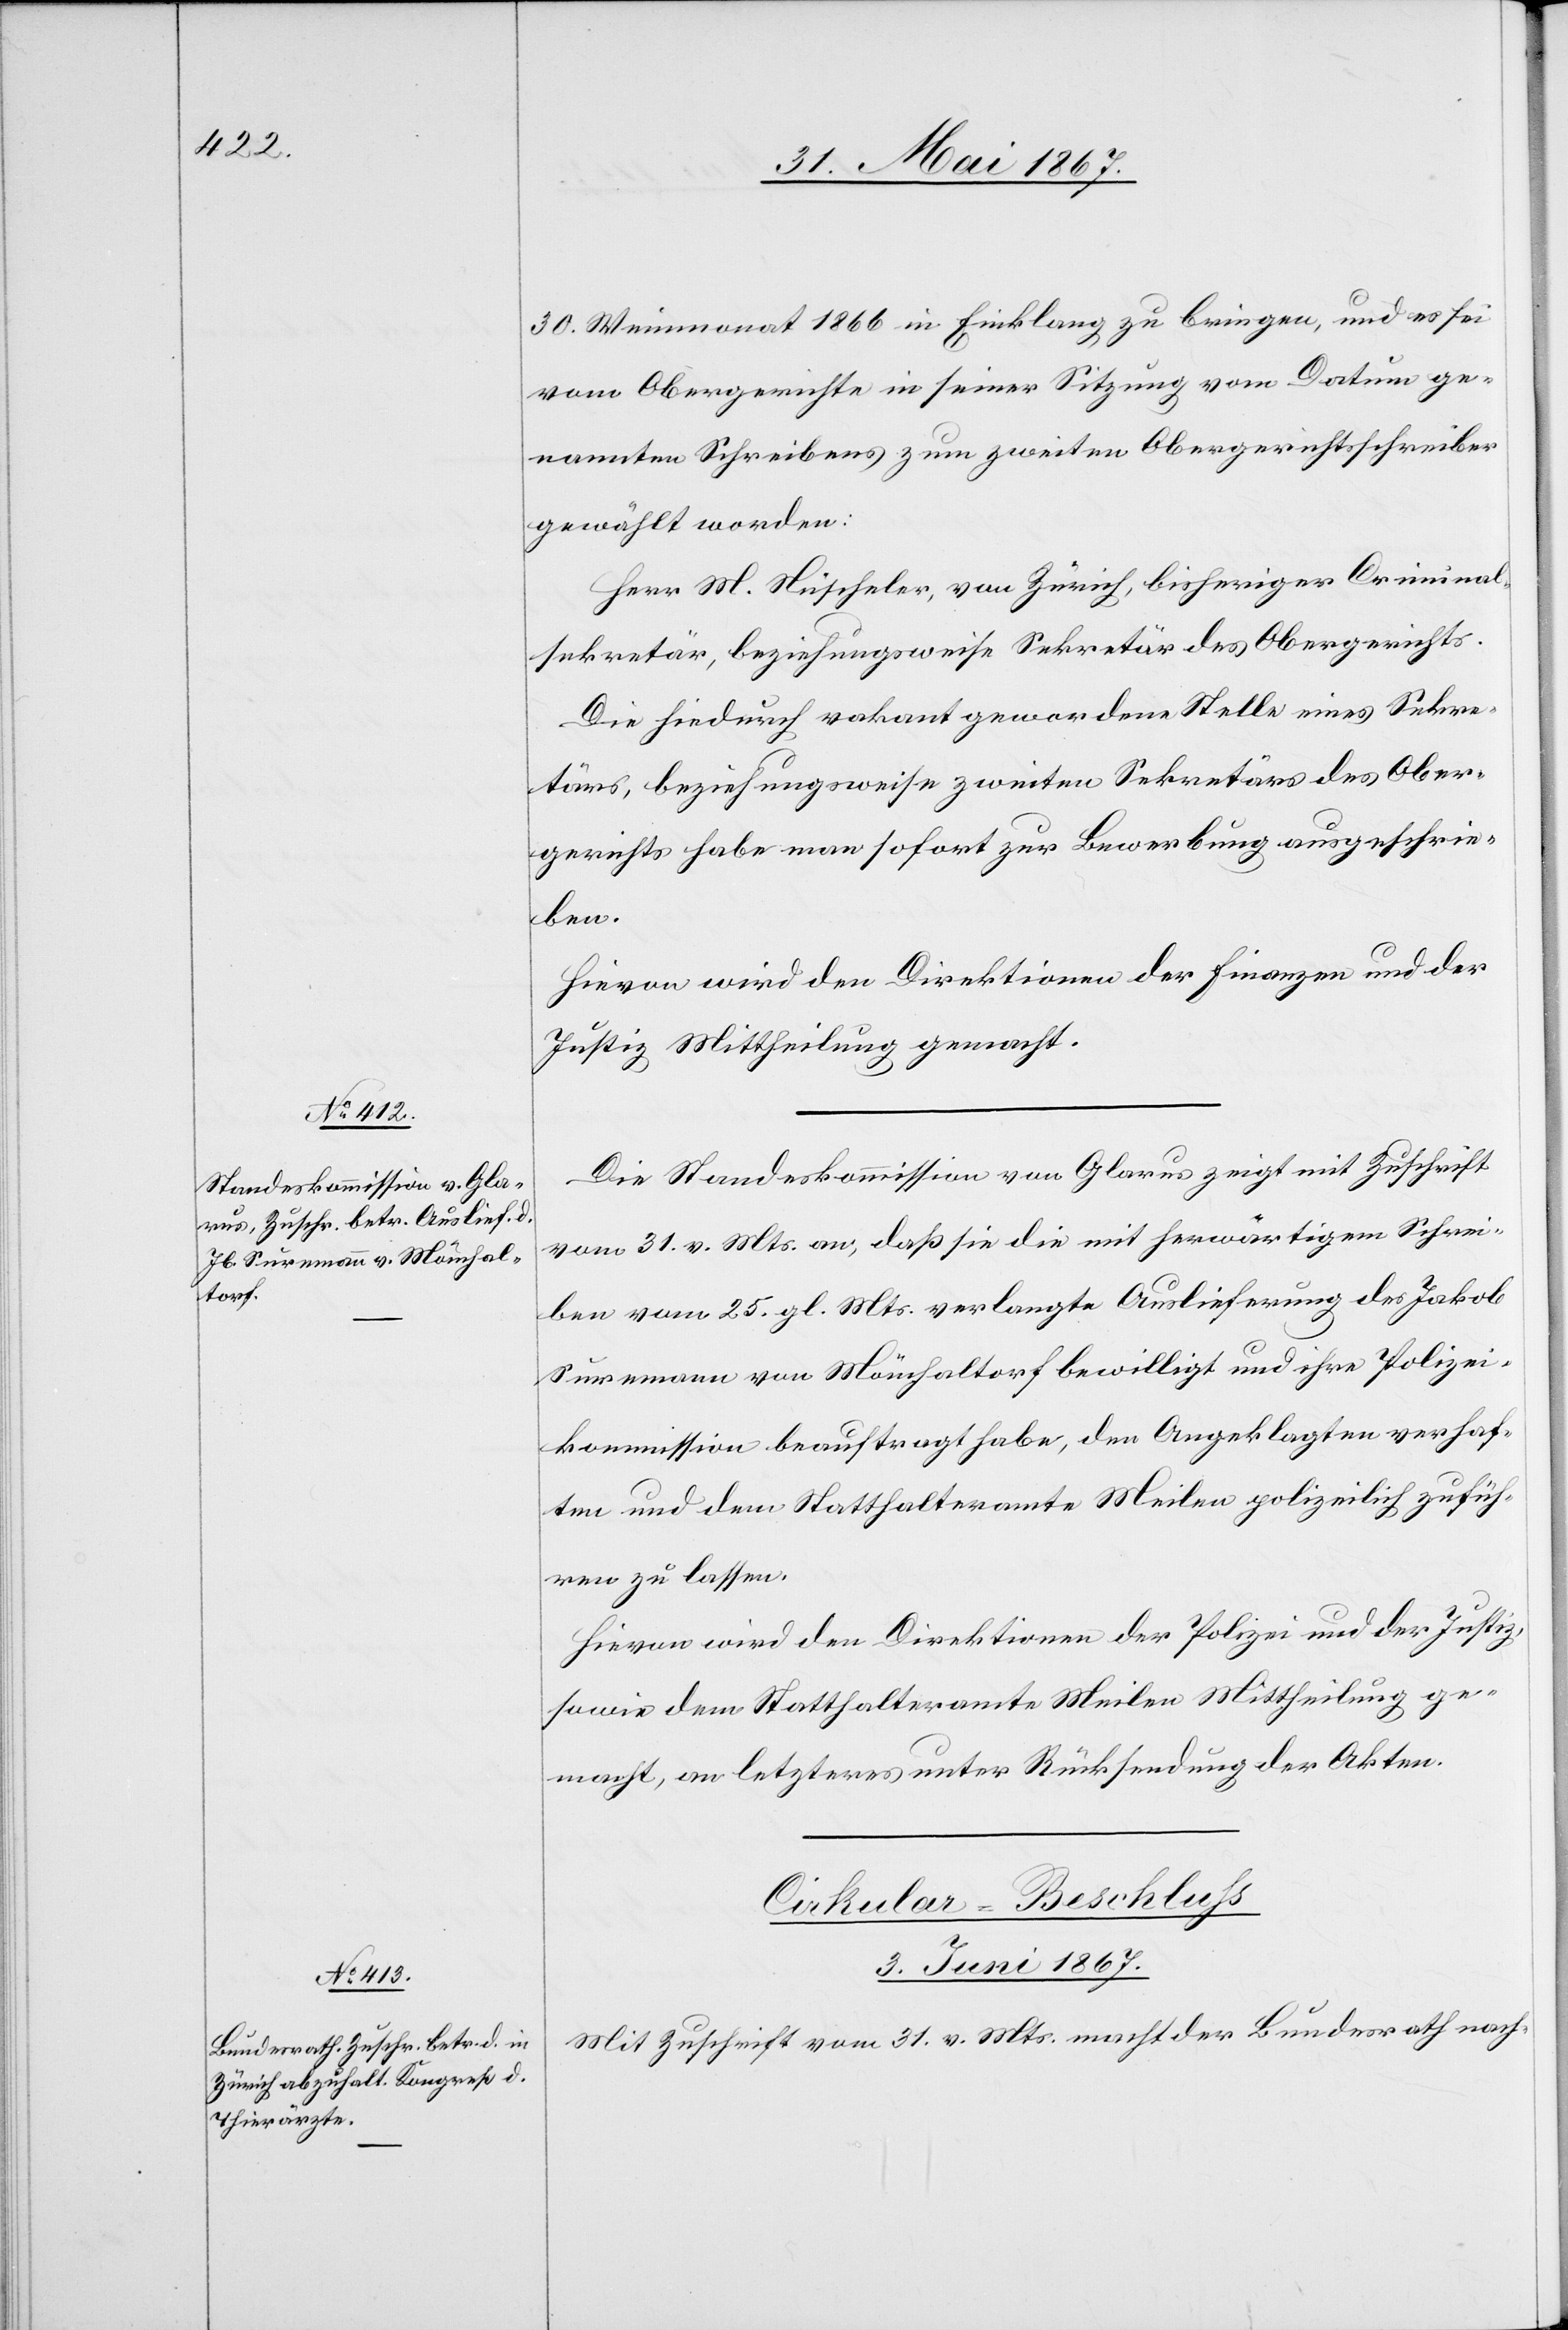
1. Juni 1867.]
30. Weinmonat 1866 in Einklang zu bringen, und es sei
vom Obergerichte in seiner Sitzung vom Datum ge¬
nannten Schreibens zum zweiten Obergerichtsschreiber
gewählt worden:
Herr M. Nüscheler, von Zürich, bisherigen Criminal¬
sekretär, beziehungsweise Sekretär des Obergerichts.
Die hiedurch vakant gewordene Stelle eines Sekre¬
tärs, beziehungsweise zweiten Sekretärs des Ober¬
gerichts habe man sofort zur Bewerbung ausgeschrie¬
ben.
Hievon wird den Direktionen der Finanzen und der
Justiz Mittheilung gemacht.
Die Standeskommission von Glarus zeigt mit Zuschrift
vom 31. v. Mts. an, daß sie die mit herwärtigem Schrei¬
ben vom 25. gl. Mts. verlangte Auslieferung des Jakob
Suremann von Mönchaltorf bewilligt und ihre Polizei¬
kommission beauftragt habe, den Angeklagten verhaf¬
ten und dem Statthalteramte Meilen polizeilich zufüh¬
ren zu lassen.
Hievon wird den Direktionen der Polizei und der Justiz,
sowie dem Statthalteramte Meilen Mittheilung ge¬
macht, an letzteres unter Rücksendung der Akten.
Cirkular-Beschluss
3. Juni 1867.
Mit Zuschrift vom 31. v. Mts. macht der Bundesrath nach-